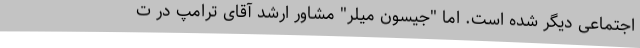
اجتماعی دیگر شده است. اما "جیسون میلر" مشاور ارشد آقای ترامپ در ت